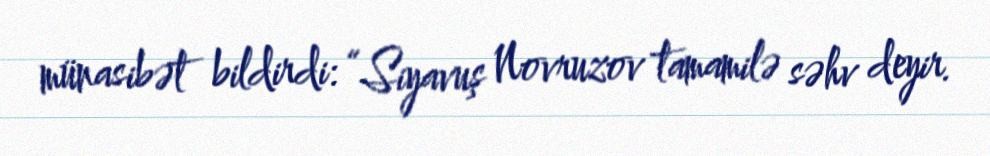
münasibət bildirdi: “Siyavuş Novruzov tamamilə səhv deyir.